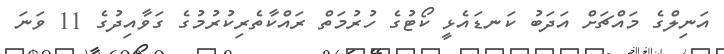
އަނިލްގެ މައްޗަށް އަދަބު ކަނޑައެޅީ ކޯޓުގެ ހުރުމަތް ރައްކާތެރިކުރުމުގެ ގަވާއިދުގެ 11 ވަނަ